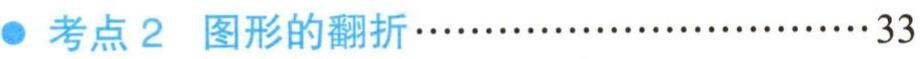
考点 2  图形的翻折······························33